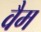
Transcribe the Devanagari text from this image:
वैम